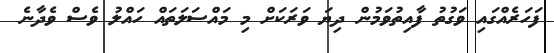
ފަހަރެއްގައި ވަގުތު ފާއިތުވަމުން ދިޔަ ވަރަކަށް މި މައްސަލަތައް ހައްލު ވެސް ވެދާނެ